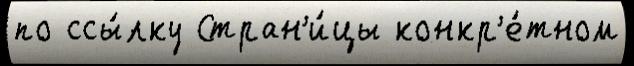
по ссы́лку Стран'и́цы конкр'е́тном